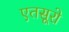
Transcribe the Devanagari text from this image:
एतसूरो